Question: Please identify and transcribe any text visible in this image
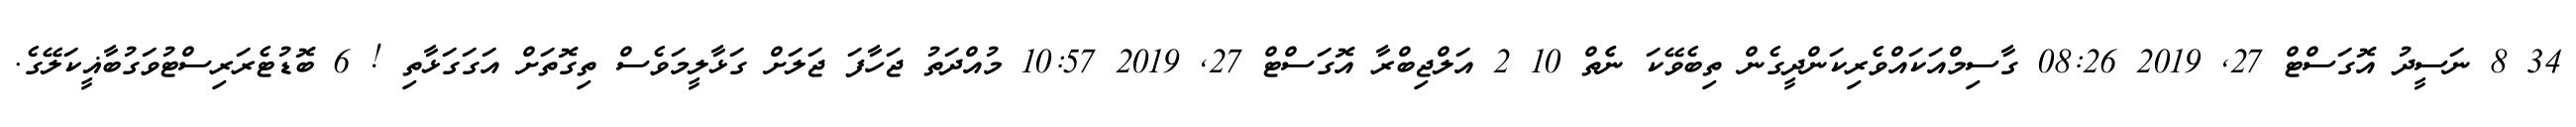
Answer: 34 8 ނަސީދު އޮގަސްޓް 27, 2019 08:26 ގާސިމްއަކައްވެރިކަންދީގެން ތިބެވޭކަ ނެެތް 10 2 އަލްޖިބްރާ އޮގަސްޓް 27, 2019 10:57 މުއްދަތު ޖަހާފަ ޖަލަށް ގަޅާލީމަވެސް ތިގޮތަށް އަގަގަޅާތި ! 6 ބޮޑުޓެރަރިސްޓުވަގުބާޣީކަލޭގެ.